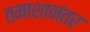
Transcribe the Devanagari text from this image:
तमाशानंतर